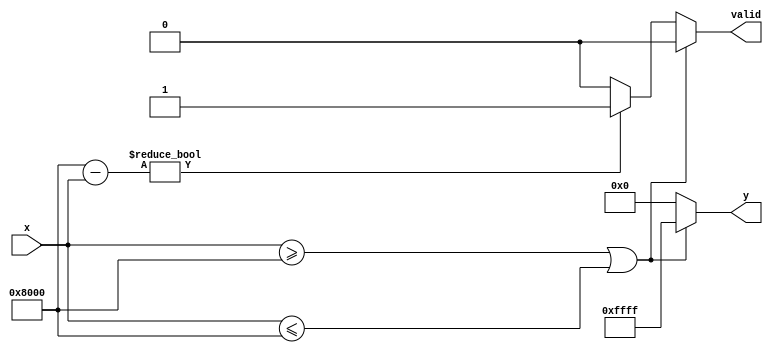
module atanh (
    input wire [15:0] x,       // Fixed-point input, 16 bits (1 sign, 15 fraction)
    output reg [15:0] y,       // Fixed-point output, 16 bits
    output reg valid           // Valid output flag
);

    // Define constants
    localparam FIXED_POINT_SCALE = 16'h8000; // 2^15 for fixed-point scaling

    // Internal signals
    wire [15:0] one_plus_x;
    wire [15:0] one_minus_x;
    wire [31:0] division_result;
    wire [15:0] ln_result;
    reg [15:0] tmp_result;

    // Input Validation
    always @(*) begin
        if (x >= FIXED_POINT_SCALE || x <= -FIXED_POINT_SCALE) begin
            valid = 1'b0; // Invalid input
            y = 16'hFFFF;  // Output a predefined error value
        end else begin
            valid = 1'b1; // Valid input
            one_plus_x = x + FIXED_POINT_SCALE;  // 1 + x
            one_minus_x = FIXED_POINT_SCALE - x; // 1 - x

            // Perform division
            if (one_minus_x != 0) begin
                division_result = (one_plus_x * FIXED_POINT_SCALE) / one_minus_x; // Fixed-point division
            end else begin
                valid = 1'b0; // Division by zero
                y = 16'hFFFF; // Output a predefined error value
            end

            // Logarithm Calculation (using a simple lookup table for the purpose of this design)
            ln_result = lookup_ln(division_result[15:0]);

            // Scale the logarithm result by 1/2
            tmp_result = ln_result >> 1; // Right shift by 1 to divide by 2

            // Assign the final result
            y = tmp_result;
        end
    end

    // Lookup table for natural logarithm approximation (example values)
    function [15:0] lookup_ln(input [15:0] value);
        begin
            case (value)
                // These values should be populated with actual logarithm values for your fixed-point implementation
                16'h8000: lookup_ln = 16'h0000; // ln(1) = 0
                16'hC000: lookup_ln = 16'h0000; // ln(1) = 0
                // Additional cases for other values...
                default: lookup_ln = 16'h0000; // Default to zero (or handle as needed)
            endcase
        end
    endfunction

endmodule